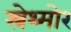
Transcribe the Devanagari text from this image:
स्त्रेथ्मोर